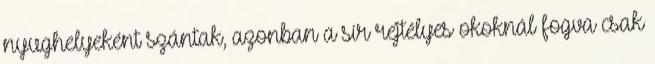
nyughelyeként szántak, azonban a sír rejtélyes okoknál fogva csak